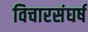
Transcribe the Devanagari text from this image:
विचारसंघर्ष